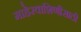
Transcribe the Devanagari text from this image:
माहेरवाशिणीसाठी